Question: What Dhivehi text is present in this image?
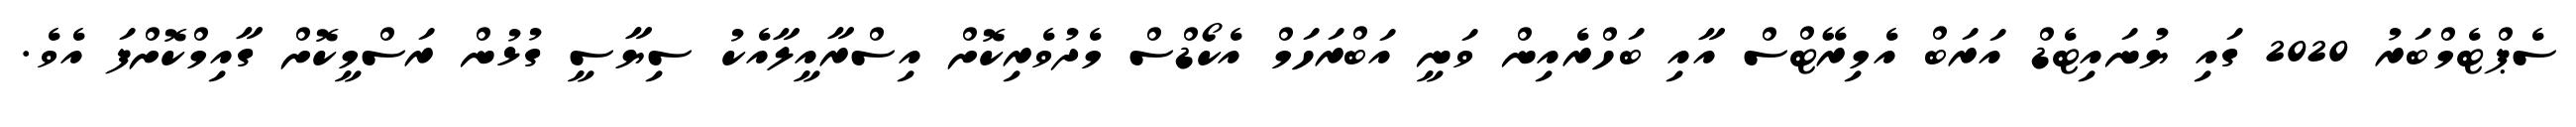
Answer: ސެޕްޓެމްބަރު 2020 ގައި ޔުނައިޓެޑް އަރަބް އެމިރޭޓްސް އާއި ބަހްރެއިން ވަނީ އަބްރަހަމް އެކޯޑްސް މެދުވެރިކޮށް އިސްރާއީލާއެކު ސިޔާސީ ގުޅުން ރަސްމީކޮށް ގާއިމްކޮށްފަ އެވެ.